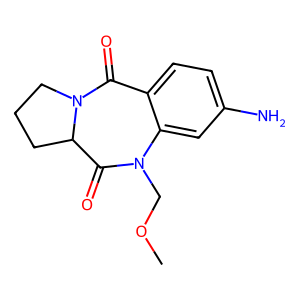
SMILES: COCN1C(=O)C2CCCN2C(=O)c2ccc(N)cc21
Inhibits HIV replication: No